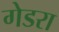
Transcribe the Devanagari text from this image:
गेडरा